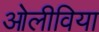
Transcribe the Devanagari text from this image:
ओलीविया